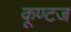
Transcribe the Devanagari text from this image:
कूण्टज